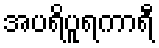
အပရိပူရကာရီ